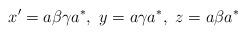
LaTeX: \begin{align*}x'=a\beta \gamma a^* , \, \, y= a \gamma a^*, \, \, z=a \beta a^*\end{align*}